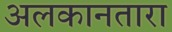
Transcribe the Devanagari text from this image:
अलकानतारा